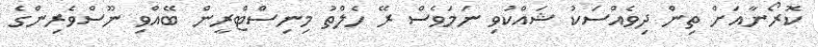
ކޮރޯނާއަށް ތިން ދިވެއްސަކު ޝައްކުވި ނަމަވެސް ރޭ ހެލްތު މިނިސްޓްރީން ބޭއްވި ނޫސްވެރިންގެ